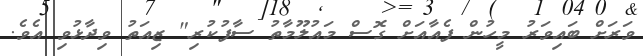
ވަރަށް ބައިވަރު މީހުން ފެއާއަށް ގޮސް މައުލޫމާތު ސާފުކުރި" ޒިއަތު ވިދާޅުވި އެވެ.